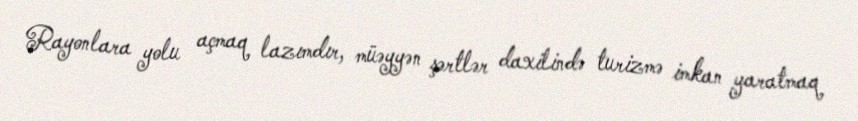
Rayonlara yolu açmaq lazımdır, müəyyən şərtlər daxilində turizmə imkan yaratmaq